Annual report of the Punjab Veterinary College and of the Civil Veterinary Department, Punjab - 1894-1908
Year: 1894
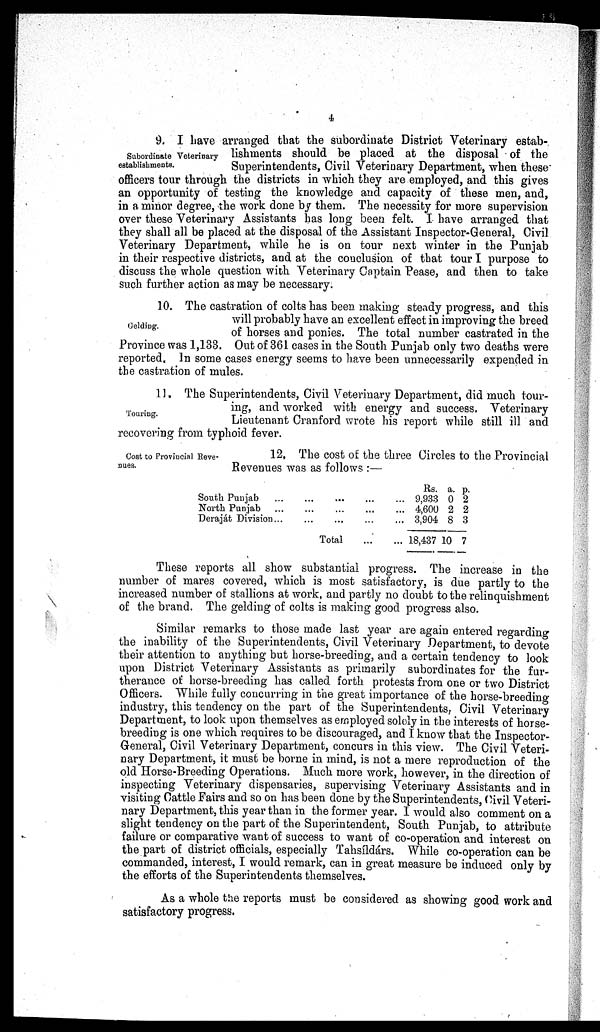
4
Subordinate Veterinary
establishments.
9. I have arranged that the subordinate District Veterinary estab-
lishments should be placed at the disposal of the
Superintendents, Civil Veterinary Department, when these
officers tour through the districts in which they are employed, and this gives
an opportunity of testing the knowledge and capacity of these men, and,
in a minor degree, the work done by them. The necessity for more supervision
over these Veterinary Assistants has long been felt. I have arranged that
they shall all be placed at the disposal of the Assistant Inspector-General, Civil
Veterinary Department, while he is on tour next winter in the Punjab
in their respective districts, and at the conclusion of that tour I purpose to
discuss the whole question with Veterinary Captain Pease, and then to take
such further action as may be necessary.
Gelding.
10. The castration of colts has been making steady progress, and this
will probably have an excellent effect in improving the breed
of horses and ponies. The total number castrated in the
Province was 1,133. Out of 361 cases in the South Punjab only two deaths were
reported. In some cases energy seems to have been unnecessarily expended in
the castration of mules.
Touring.
11. The Superintendents, Civil Veterinary Department, did much tour-
ing, and worked with energy and success. Veterinary
Lieutenant Cranford wrote his report while still ill and
recovering from typhoid fever.
Cost to Provincial Reve-
nues.
12, The cost of the three Circles to the Provincial
Revenues was as follows:—
South Punjab ... ... ... ... ...
North Punjab ... ... ... ... ...
Deraját Division ... ... ... ... ...
Total ... ...
Rs.
9,933
4,600
3,904
18,437
a.
0
2
8
10
p.
2
2
3
7
These reports all show substantial progress. The increase in the
number of mares covered, which is most satisfactory, is due partly to the
increased number of stallions at work, and partly no doubt to the relinquishment
of the brand. The gelding of colts is making good progress also.
Similar remarks to those made last year are again entered regarding
the inability of the Superintendents, Civil Veterinary Department, to devote
their attention to anything but horse-breeding, and a certain tendency to look
upon District Veterinary Assistants as primarily subordinates for the fur-
therance of horse-breeding has called forth protests from one or two District
Officers. While fully concurring in the great importance of the horse-breeding-
industry, this tendency on the part of the Superintendents, Civil Veterinary
Department, to look upon themselves as employed solely in the interests of horse-
breeding is one which requires to be discouraged, and I know that the Inspector-
General, Civil Veterinary Department, concurs in this view. The Civil Veteri-
nary Department, it must be borne in mind, is not a mere reproduction of the
old Horse-Breeding Operations. Much more work, however, in the direction of
inspecting Veterinary dispensaries, supervising Veterinary Assistants and in
visiting Cattle Fairs and so on has been done by the Superintendents, Civil Veteri-
nary Department, this year than in the former year. I would also comment on a
slight tendency on the part of the Superintendent, South Punjab, to attribute
failure or comparative want of success to want of co-operation and interest on
the part of district officials, especially Tahsíldárs. While co-operation can be
commanded, interest, I would remark, can in great measure be induced only by
the efforts of the Superintendents themselves.
As a whole the reports must be considered as showing good work and
satisfactory progress.